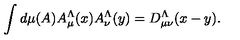
\int d \mu ( A ) A _ { \mu } ^ { \Lambda } ( x ) A _ { \nu } ^ { \Lambda } ( y ) = D _ { \mu \nu } ^ { \Lambda } ( x - y ) .